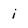
Character: i